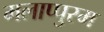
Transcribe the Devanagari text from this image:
मलाप्पुरम